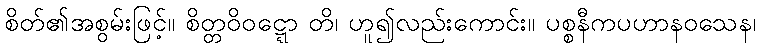
စိတ်၏အစွမ်းဖြင့်။ စိတ္တဝိဝဋ္ဋော တိ၊ ဟူ၍လည်းကောင်း။ ပစ္စနီကပဟာနဝသေန၊